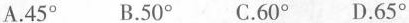
A.45^{\circ} B.50^{\circ} C.60^{\circ} D.65^{\circ}